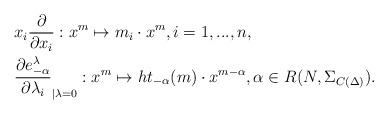
LaTeX: \begin{align*}& x_i \frac{\partial }{\partial x_i}: x^m \mapsto m_i \cdot x^m, i=1,...,n, \\& \frac{\partial e_{-\alpha}^{\lambda}}{\partial \lambda_i}_{\vert{\lambda = 0}}: x^m \mapsto ht_{-\alpha}(m) \cdot x^{m-\alpha}, \alpha \in R(N,\Sigma_{C(\Delta)}). \end{align*}